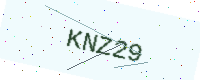
Text: KNZ29